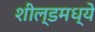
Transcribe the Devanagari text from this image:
शील्डमध्ये